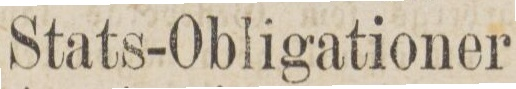
Stats-Obligationer